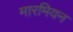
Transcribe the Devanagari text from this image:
मारमियन